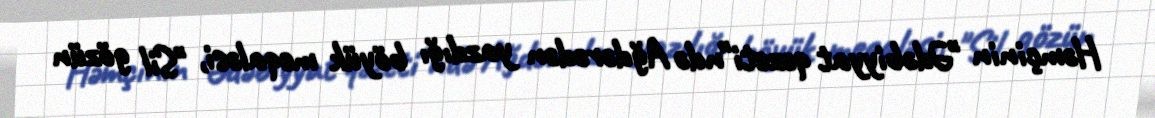
Həmçinin "Ədəbiyyat qəzeti"ndə Ağdərədən yazdığı böyük meqaləsi, "Sil gözün